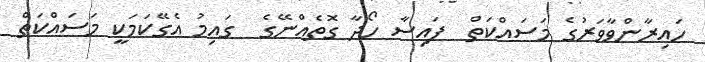
ހައިރާންވާވަރުގެ މަސައްކަތް  ފައިސާ ހޯދާ ގޮތެއްނޭގެ  ގައިމު އެގޭކަމަކީ މަސައްކަތް